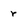
Character: r